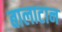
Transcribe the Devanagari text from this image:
बालाटान